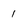
Character: 1